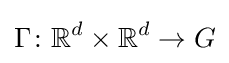
\Gamma \colon \mathbb {R} ^{d}\times \mathbb {R} ^{d}\to G